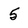
Character: 5